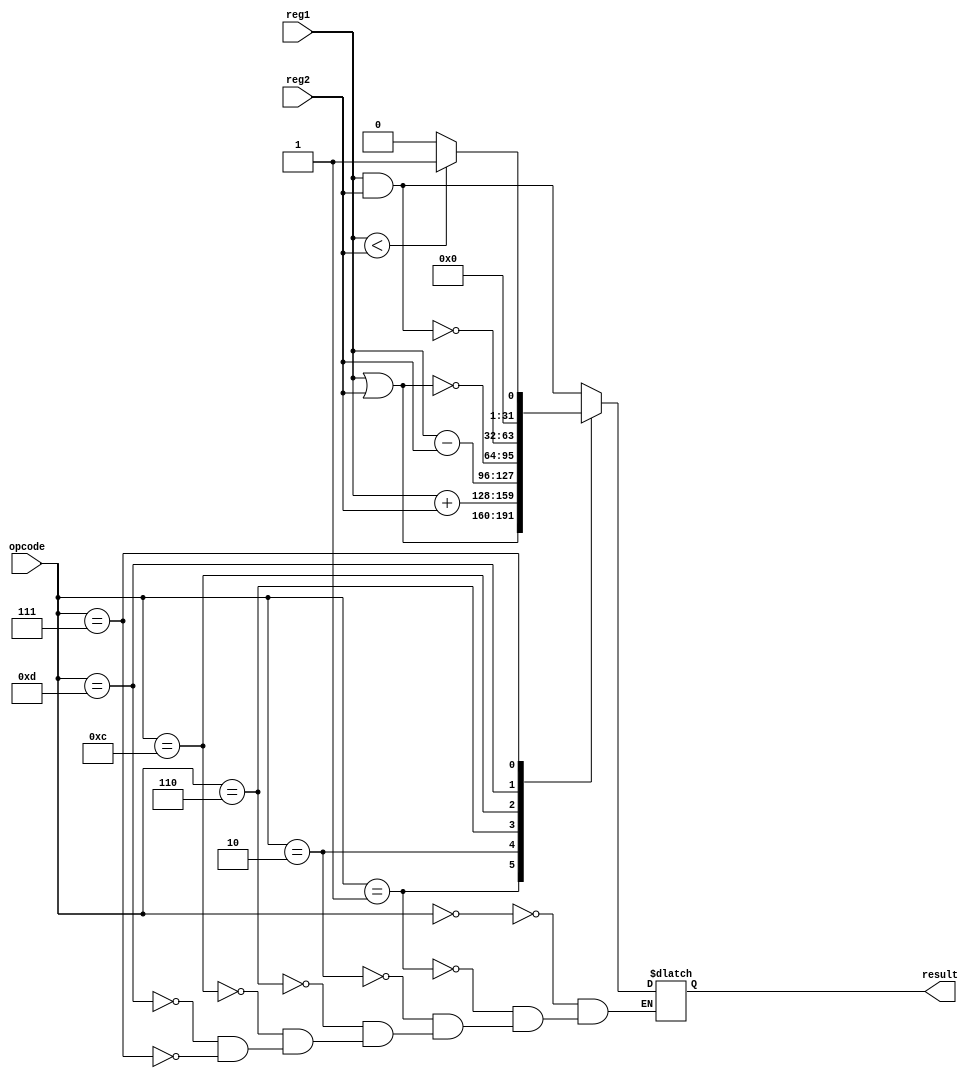
module alu(reg1, reg2, opcode, result);
	
	input 		[31:0]	reg1, reg2;
	input 		[3:0]	opcode;
	output reg 	[31:0]  result;


always @ (reg1 or reg2 or opcode) begin
	case (opcode)

		4'b0000: result <= reg1 & reg2;
		4'b0001: result <= reg1 | reg2;
		4'b0010: result <= reg1 + reg2;
		4'b0110: result <= reg1 - reg2;
		4'b1100: result <= ~(reg1 | reg2);
		4'b1101: result <= ~(reg1 & reg2);
		4'b0111: begin
					if (reg1 < reg2)
						result <= 1;
				 	else
						result <= 0;
				 end
	endcase
end
endmodule